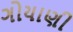
ગોયાણી